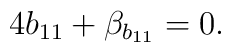
4b_{11}+\beta_{b_{11}}=0.